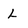
Character: l